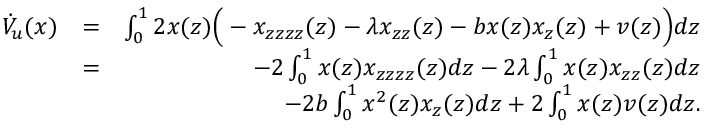
\begin{array} { r l r } { \dot { V } _ { u } ( x ) } & { = } & { \int _ { 0 } ^ { 1 } 2 x ( z ) \Big ( - x _ { z z z z } ( z ) - \lambda x _ { z z } ( z ) - b x ( z ) x _ { z } ( z ) + v ( z ) \Big ) d z } \\ & { = } & { - 2 \int _ { 0 } ^ { 1 } x ( z ) x _ { z z z z } ( z ) d z - 2 \lambda \int _ { 0 } ^ { 1 } x ( z ) x _ { z z } ( z ) d z } \\ & { } & { \qquad \qquad - 2 b \int _ { 0 } ^ { 1 } x ^ { 2 } ( z ) x _ { z } ( z ) d z + 2 \int _ { 0 } ^ { 1 } x ( z ) v ( z ) d z . } \end{array}